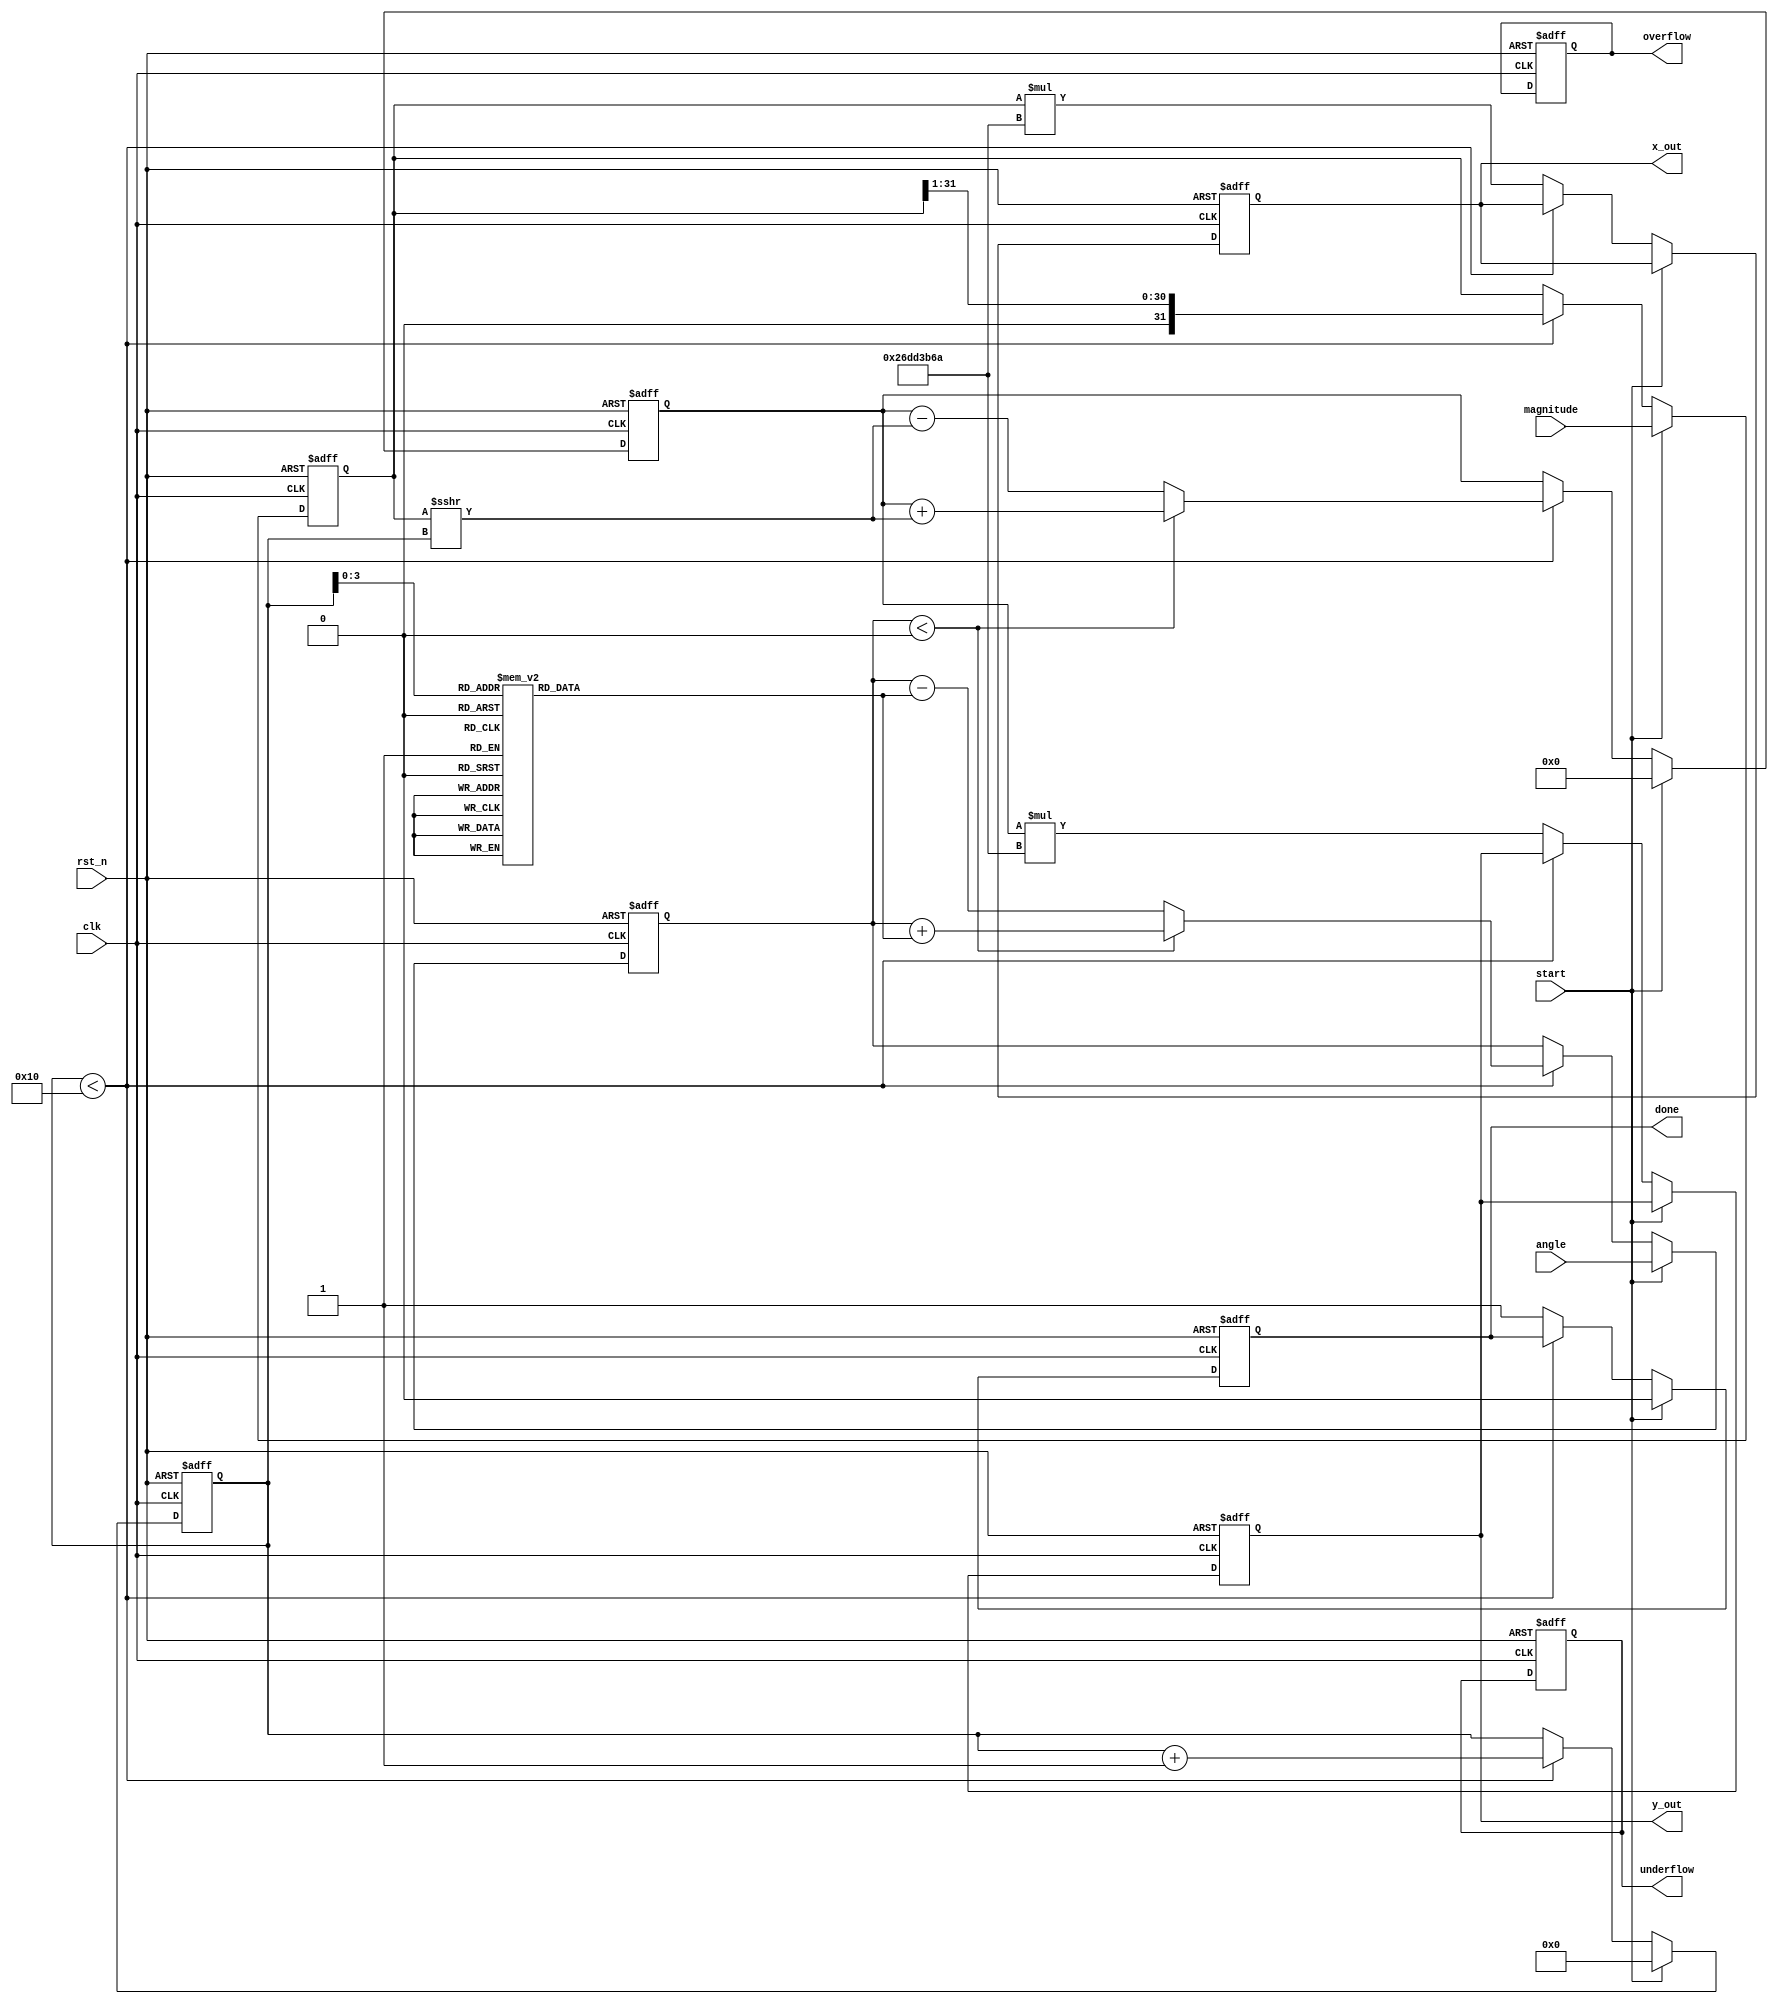
module cordic(
    input wire clk,               // Clock signal
    input wire rst_n,             // Active low reset
    input wire [31:0] angle,      // Input angle in fixed-point format (radians)
    input wire [31:0] magnitude,   // Input magnitude for vector operations
    input wire start,              // Start signal for operation
    output reg [31:0] x_out,       // Output x-coordinate (cosine)
    output reg [31:0] y_out,       // Output y-coordinate (sine)
    output reg done,               // Operation done signal
    output reg overflow,           // Overflow flag
    output reg underflow           // Underflow flag
);

    // Parameters
    parameter N_ITER = 16;          // Number of iterations for precision
    parameter [31:0] K = 32'h26DD3B6A; // Scaling factor

    // Internal registers
    reg [31:0] x;                  // Current x-coordinate
    reg [31:0] y;                  // Current y-coordinate
    reg [31:0] angle_reg;          // Current angle
    reg [4:0] iteration;           // Iteration counter

    // Lookup table for arctan values (fixed-point)
    reg [31:0] atan_table [0:N_ITER-1];

    initial begin
        // Initialize arctan values (these can be precomputed)
        atan_table[0] = 32'h00000000; // arctan(0)
        atan_table[1] = 32'h0000003F; // arctan(1/2^0)
        atan_table[2] = 32'h00000020; // arctan(1/2^1)
        // Add more values as needed for higher precision
        // ...
        atan_table[N_ITER-1] = 32'h00000001; // arctan(1/2^(N_ITER-1))
    end

    // Control Logic
    always @(posedge clk or negedge rst_n) begin
        if (!rst_n) begin
            x <= 32'h00000000;
            y <= 32'h00000000;
            angle_reg <= 32'h00000000;
            iteration <= 0;
            done <= 0;
            overflow <= 0;
            underflow <= 0;
            x_out <= 0;
            y_out <= 0;
        end else if (start) begin
            // Initialize values for computation
            x <= magnitude;  // Load magnitude as the initial x
            y <= 32'h00000000; // y starts at 0
            angle_reg <= angle; // Load the input angle
            iteration <= 0;     // Reset iteration
            done <= 0;         // Clear done signal
        end else if (iteration < N_ITER) begin
            // CORDIC Iteration unit
            if (angle_reg < 0) begin
                // vectoring mode
                angle_reg <= angle_reg + atan_table[iteration];
                y <= y + (x >>> iteration);
            end else begin
                // rotation mode
                angle_reg <= angle_reg - atan_table[iteration];
                y <= y - (x >>> iteration);
            end
            // Shift x and update
            x <= x >>> 1; // Shift operation for scale
            iteration <= iteration + 1; // Increment iteration
            
        end else begin
            // Final result
            done <= 1;
            x_out <= x * K; // Scale output
            y_out <= y * K; // Scale output
        end
    end

endmodule